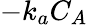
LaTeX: -k_{a}C_{A}